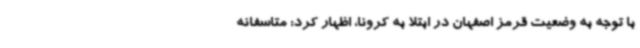
با توجه به وضعیت قرمز اصفهان در ابتلا به کرونا، اظهار کرد: متاسفانه